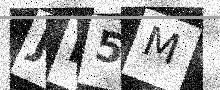
Text: JI5M